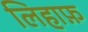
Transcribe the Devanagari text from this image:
लिहाफ़